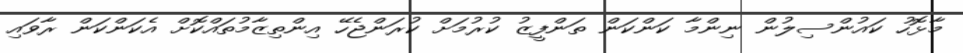
މާޅޮހު ކައުންސިލުން ނިންމާ ކަންކަން ތަންފީޒު ކުރުމަށް ކުރަންޖެހޭ އިންތިޒާމުތައްކޮށް އެކަންކަން ރާވައި